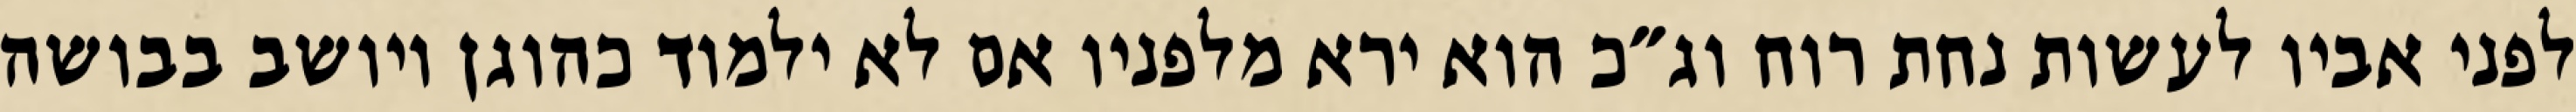
לפני אביו לעשות נחת רוח וג״כ הוא ירא מלפניו אם לא ילמוד כהוגן ויושב בבושה